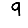
Digit: 9